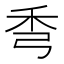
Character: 𥝙